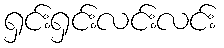
ရှင်းရှင်းလင်းလင်း